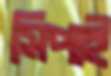
সিপাই